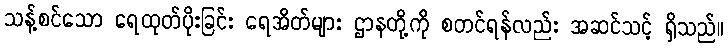
သန့်စင်သော ရေထုတ်ပိုးခြင်း ရေအိတ်များ ဌာနတို့ကို စတင်ရန်လည်း အဆင်သင့် ရှိသည်။